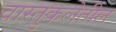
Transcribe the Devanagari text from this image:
वास्तुकलेतील